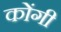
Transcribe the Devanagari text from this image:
कोंगी